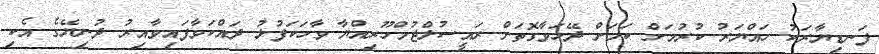
ފަނޑިޔާރަކު ހައްޔަރު ކުރުމަށް ކަމަށް ދޭހަވާގޮތަށް ރައީސުލްޖުމްހޫރިއްޔާ ވާހަކަފުޅު ދައްކަވާފައިވާއިރު ދުނިޔޭގެ އެކި